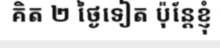
គិត ២ ថ្ងៃទៀត ប៉ុន្តែខ្ញុំ